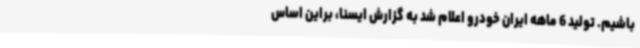
باشیم. تولید 6 ماهه ایران خودرو اعلام شد به گزارش ایسنا، براین اساس